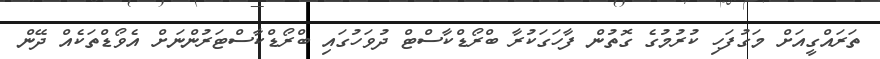
ތަރައްގީއަށް މަގުފަހި ކުރުމުގެ ގޮތުން ފާހަގަކުރާ ބްރޯޑްކާސްޓް ދުވަހުގައި ބްރޯޑްކާސްޓަރުންނަށް އެވޯޑްތަކެއް ދޭން